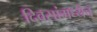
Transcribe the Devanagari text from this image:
दिवसांमध्येच